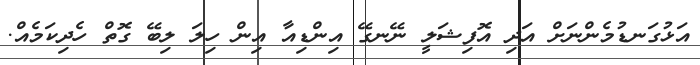
އަޅުގަނޑުމެންނަށް އަދި އޮފިޝަލީ ނޭނގޭ އިންޑިއާ އިން ހިލަ ލިބޭ ގޮތް ހެދިކަމެއް.